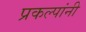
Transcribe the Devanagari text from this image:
प्रकल्पांनी